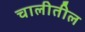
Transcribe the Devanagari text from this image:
चालीतील